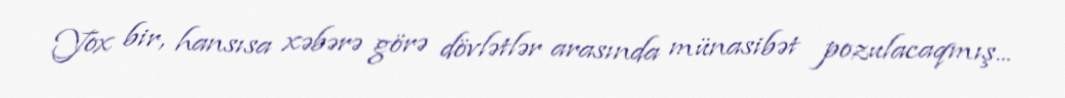
Yox bir, hansısa xəbərə görə dövlətlər arasında münasibət pozulacaqmış...